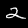
Label: 2